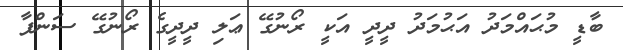
ބާޑީ މުޙައްމަދު އަޙުމަދު ދީދީ އަކީ ރޯނުގޭ ޢަލި ދީދީގެ ރޯނުގޭ ސަންފާ